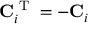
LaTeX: \mathbf { C } _ { i } ^ { \textrm { T } } = - \mathbf { C } _ { i }